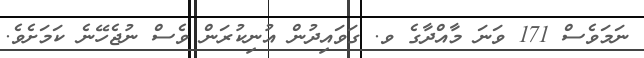
ނަމަވެސް 171 ވަނަ މާއްދާގެ ވ. ގަވައިދުން އުނިކުރަން ވެސް ނުޖެހޭނެ ކަމަށެވެ.